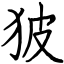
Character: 狓